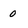
Character: 0